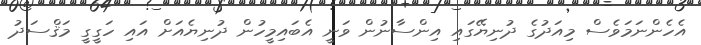
އެހެންނަމަވެސް މިއަދުގެ ދުނިޔޭގައި އިންސާނުން ވަނީ އެބައިމީހުން ދުނިޔެއަށް އައި ހަގީގީ މަޤްސަދު